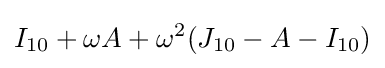
I_{10}+\omega A+\omega ^{2}(J_{10}-A-I_{10})